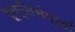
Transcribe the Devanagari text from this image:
सूक्तिसंग्रहों